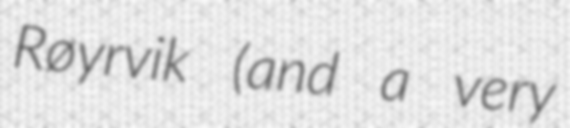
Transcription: Røyrvik (and a very